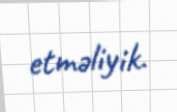
etməliyik.